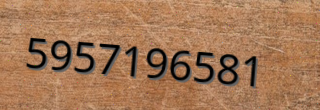
5957196581